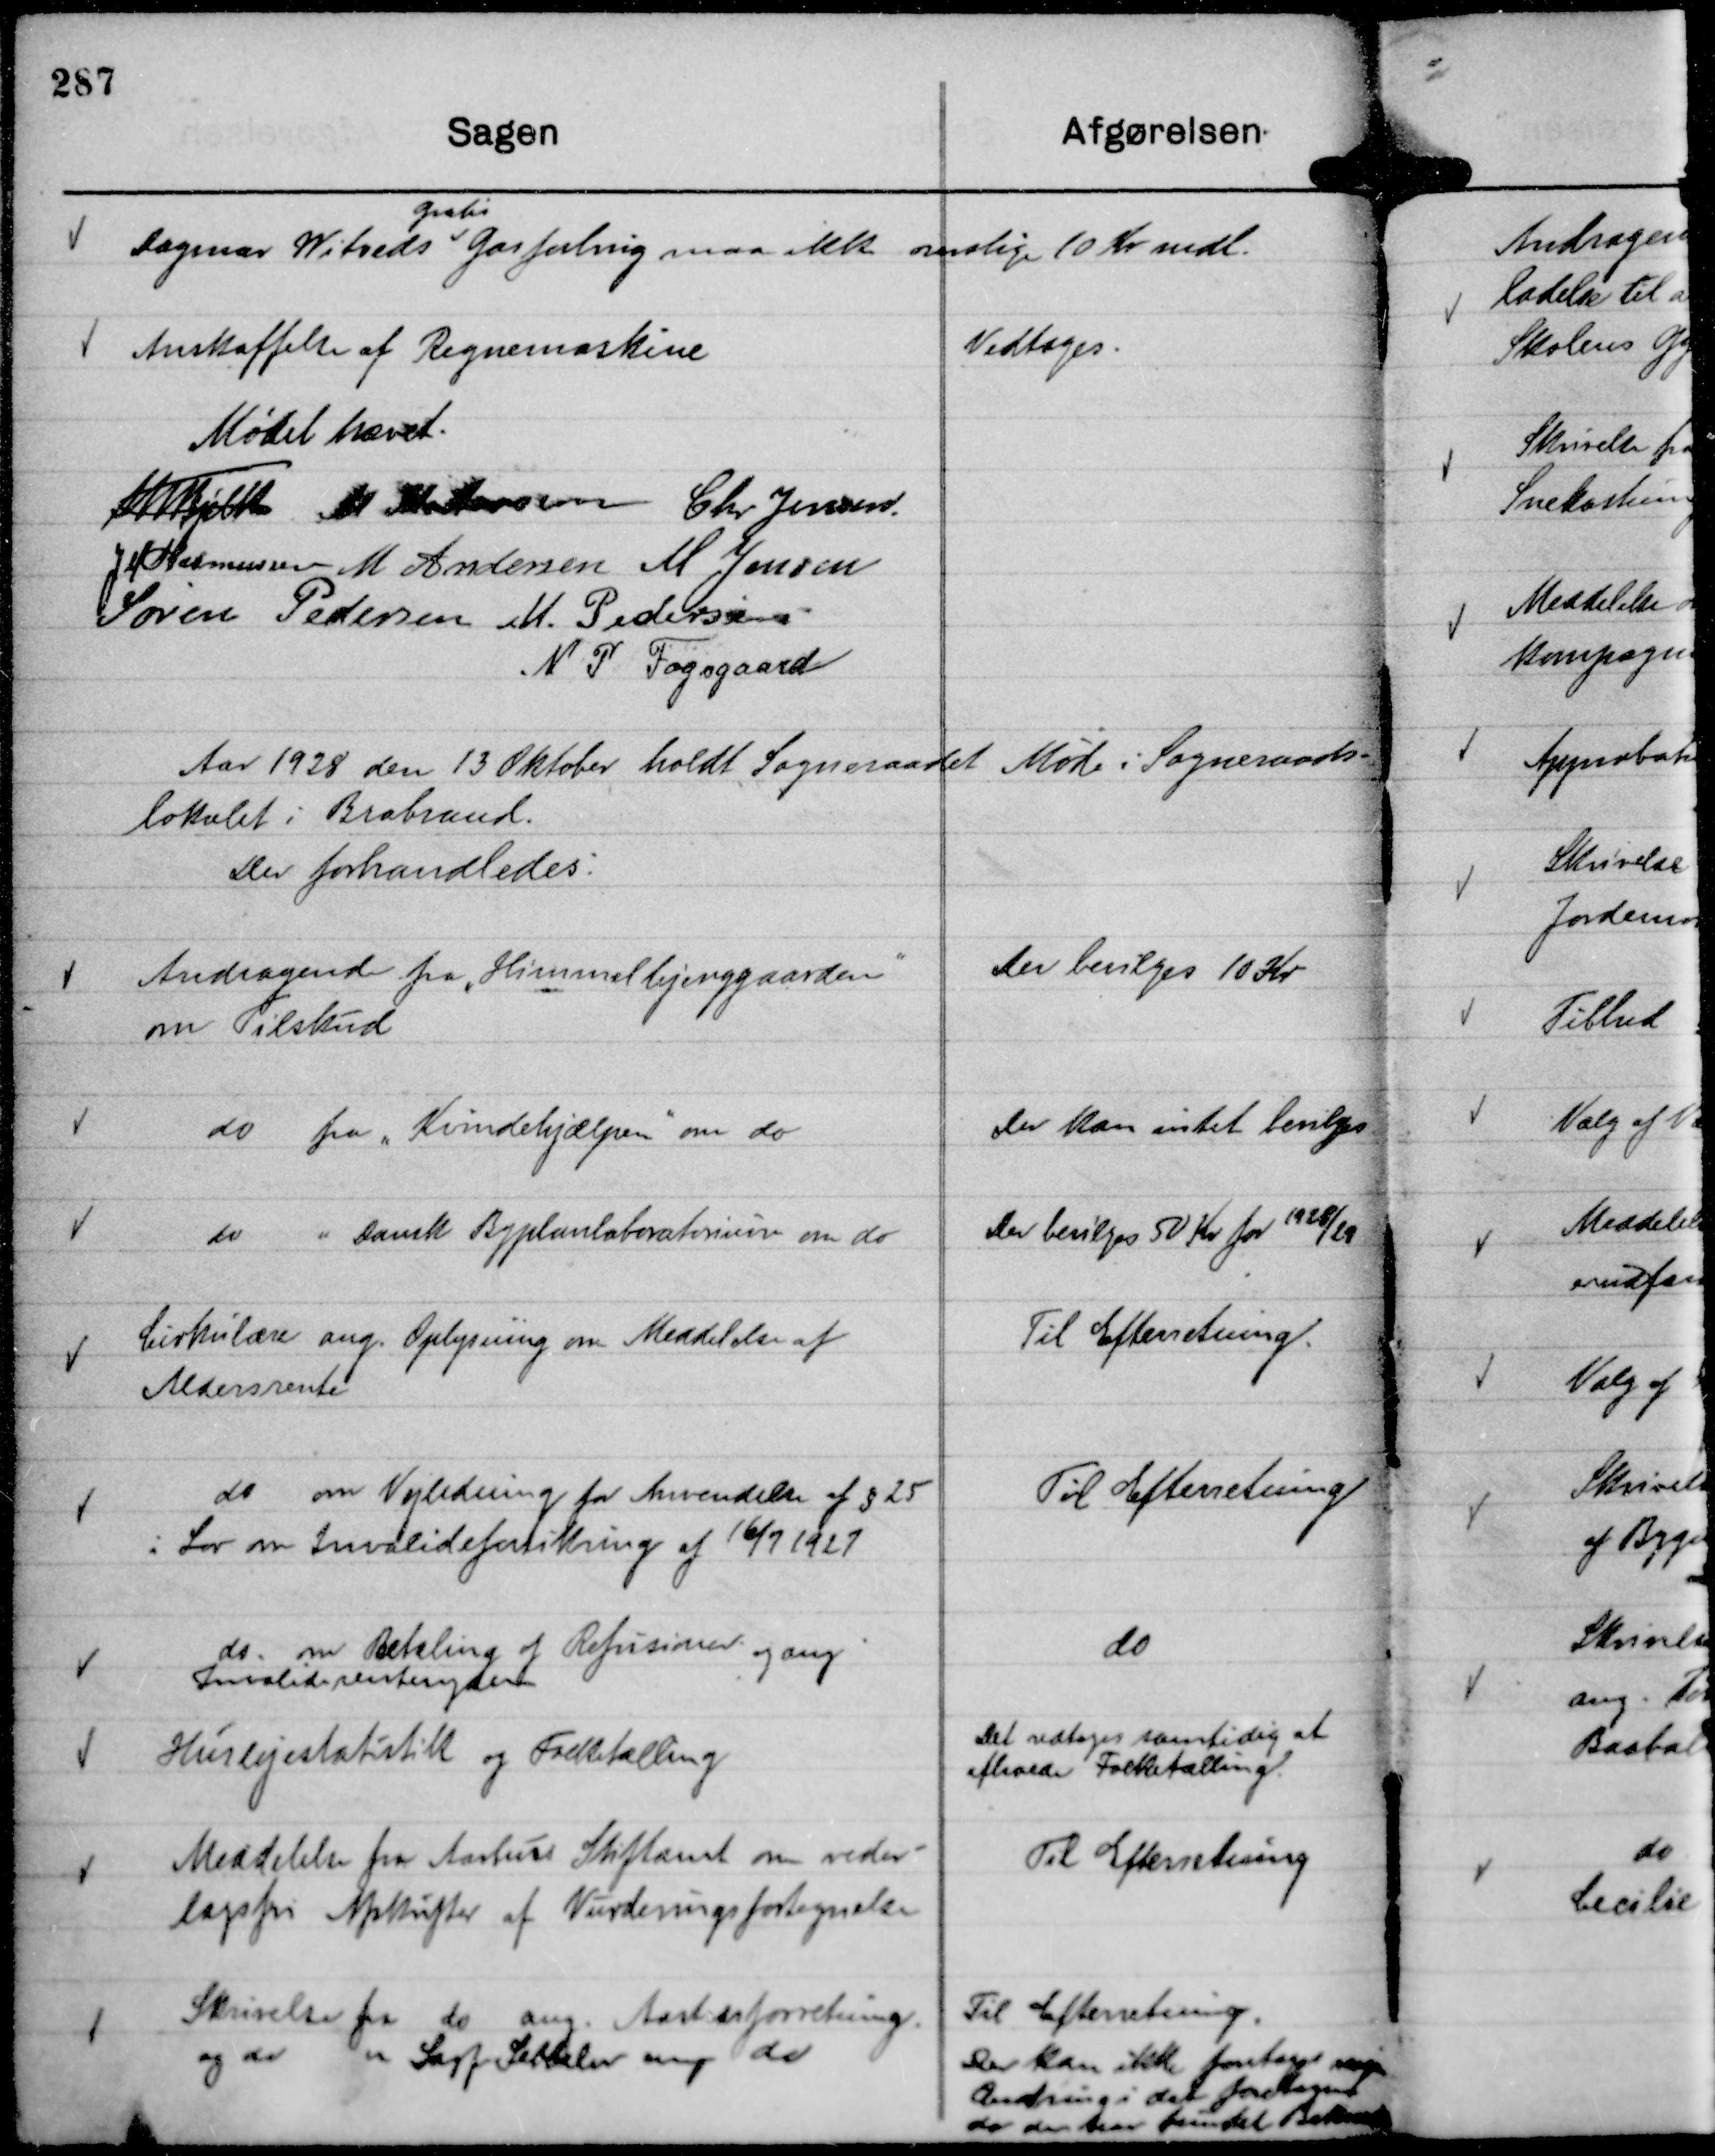
Transskription:
Dagmar Witveds
gratis
Gasforbrug maa ikke overstige 10 Kr mdl.

Anskaffelse af Regnemaskine

Vedtages.

Mødet hævet.
Th Bjelke
M Mortensen
Chr Jensen.
J M Rasmussen
M Andersen
M Jensen
Søren Pedersen
M. Pedersen
N P Fogsgaard

Aar 1928 den 13 Oktober holdt Sogneraadet Møde i Sogneraads-
lokalet i Brabrand.
Der forhandledes:

Andragende fra "Himmmelbjerggaarden"

om Tilskud

Der bevilges 10 Kr

do fra "Kvindehjælpen"

om do

Der kan intet bevilges

do " Dansk Byplanlaboratorium om do

Der bevilges 50 Kr for
1928/29

Cirkulære ang. Oplysning om Meddelelse af
Aldersrente

Til Efterretning.

do om Vejledning for Anvendelse af § 25
i Lov om Invalideforsikring af 16/7 1927

Til Efterretning

do. om Betaling af Refusioner og ang
Invaliderentenydere

do

Huslejestatistik og Folketælling

Det vedtages samtidig at
afholde Folketælling.

Meddelelse fra Aarhus Stiftamt om veder-
lagsfri Afskrifter af Vurderingsfortegnelser

Til Efterretning

Skrivelse fra do ang. Aastedsforretning.
og do " Sagf. Sebbelin ang do

Til Efterretning.
Der kan ikke foretages nogen
Ændring i det foretagne
da der har fundet Behandling